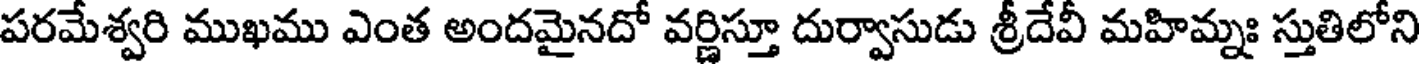
పరమేశ్వరి ముఖము ఎంత అందమైనదో వర్ణిస్తూ దుర్వాసుడు శ్రీదేవీ మహిమ్నః స్తుతిలోని